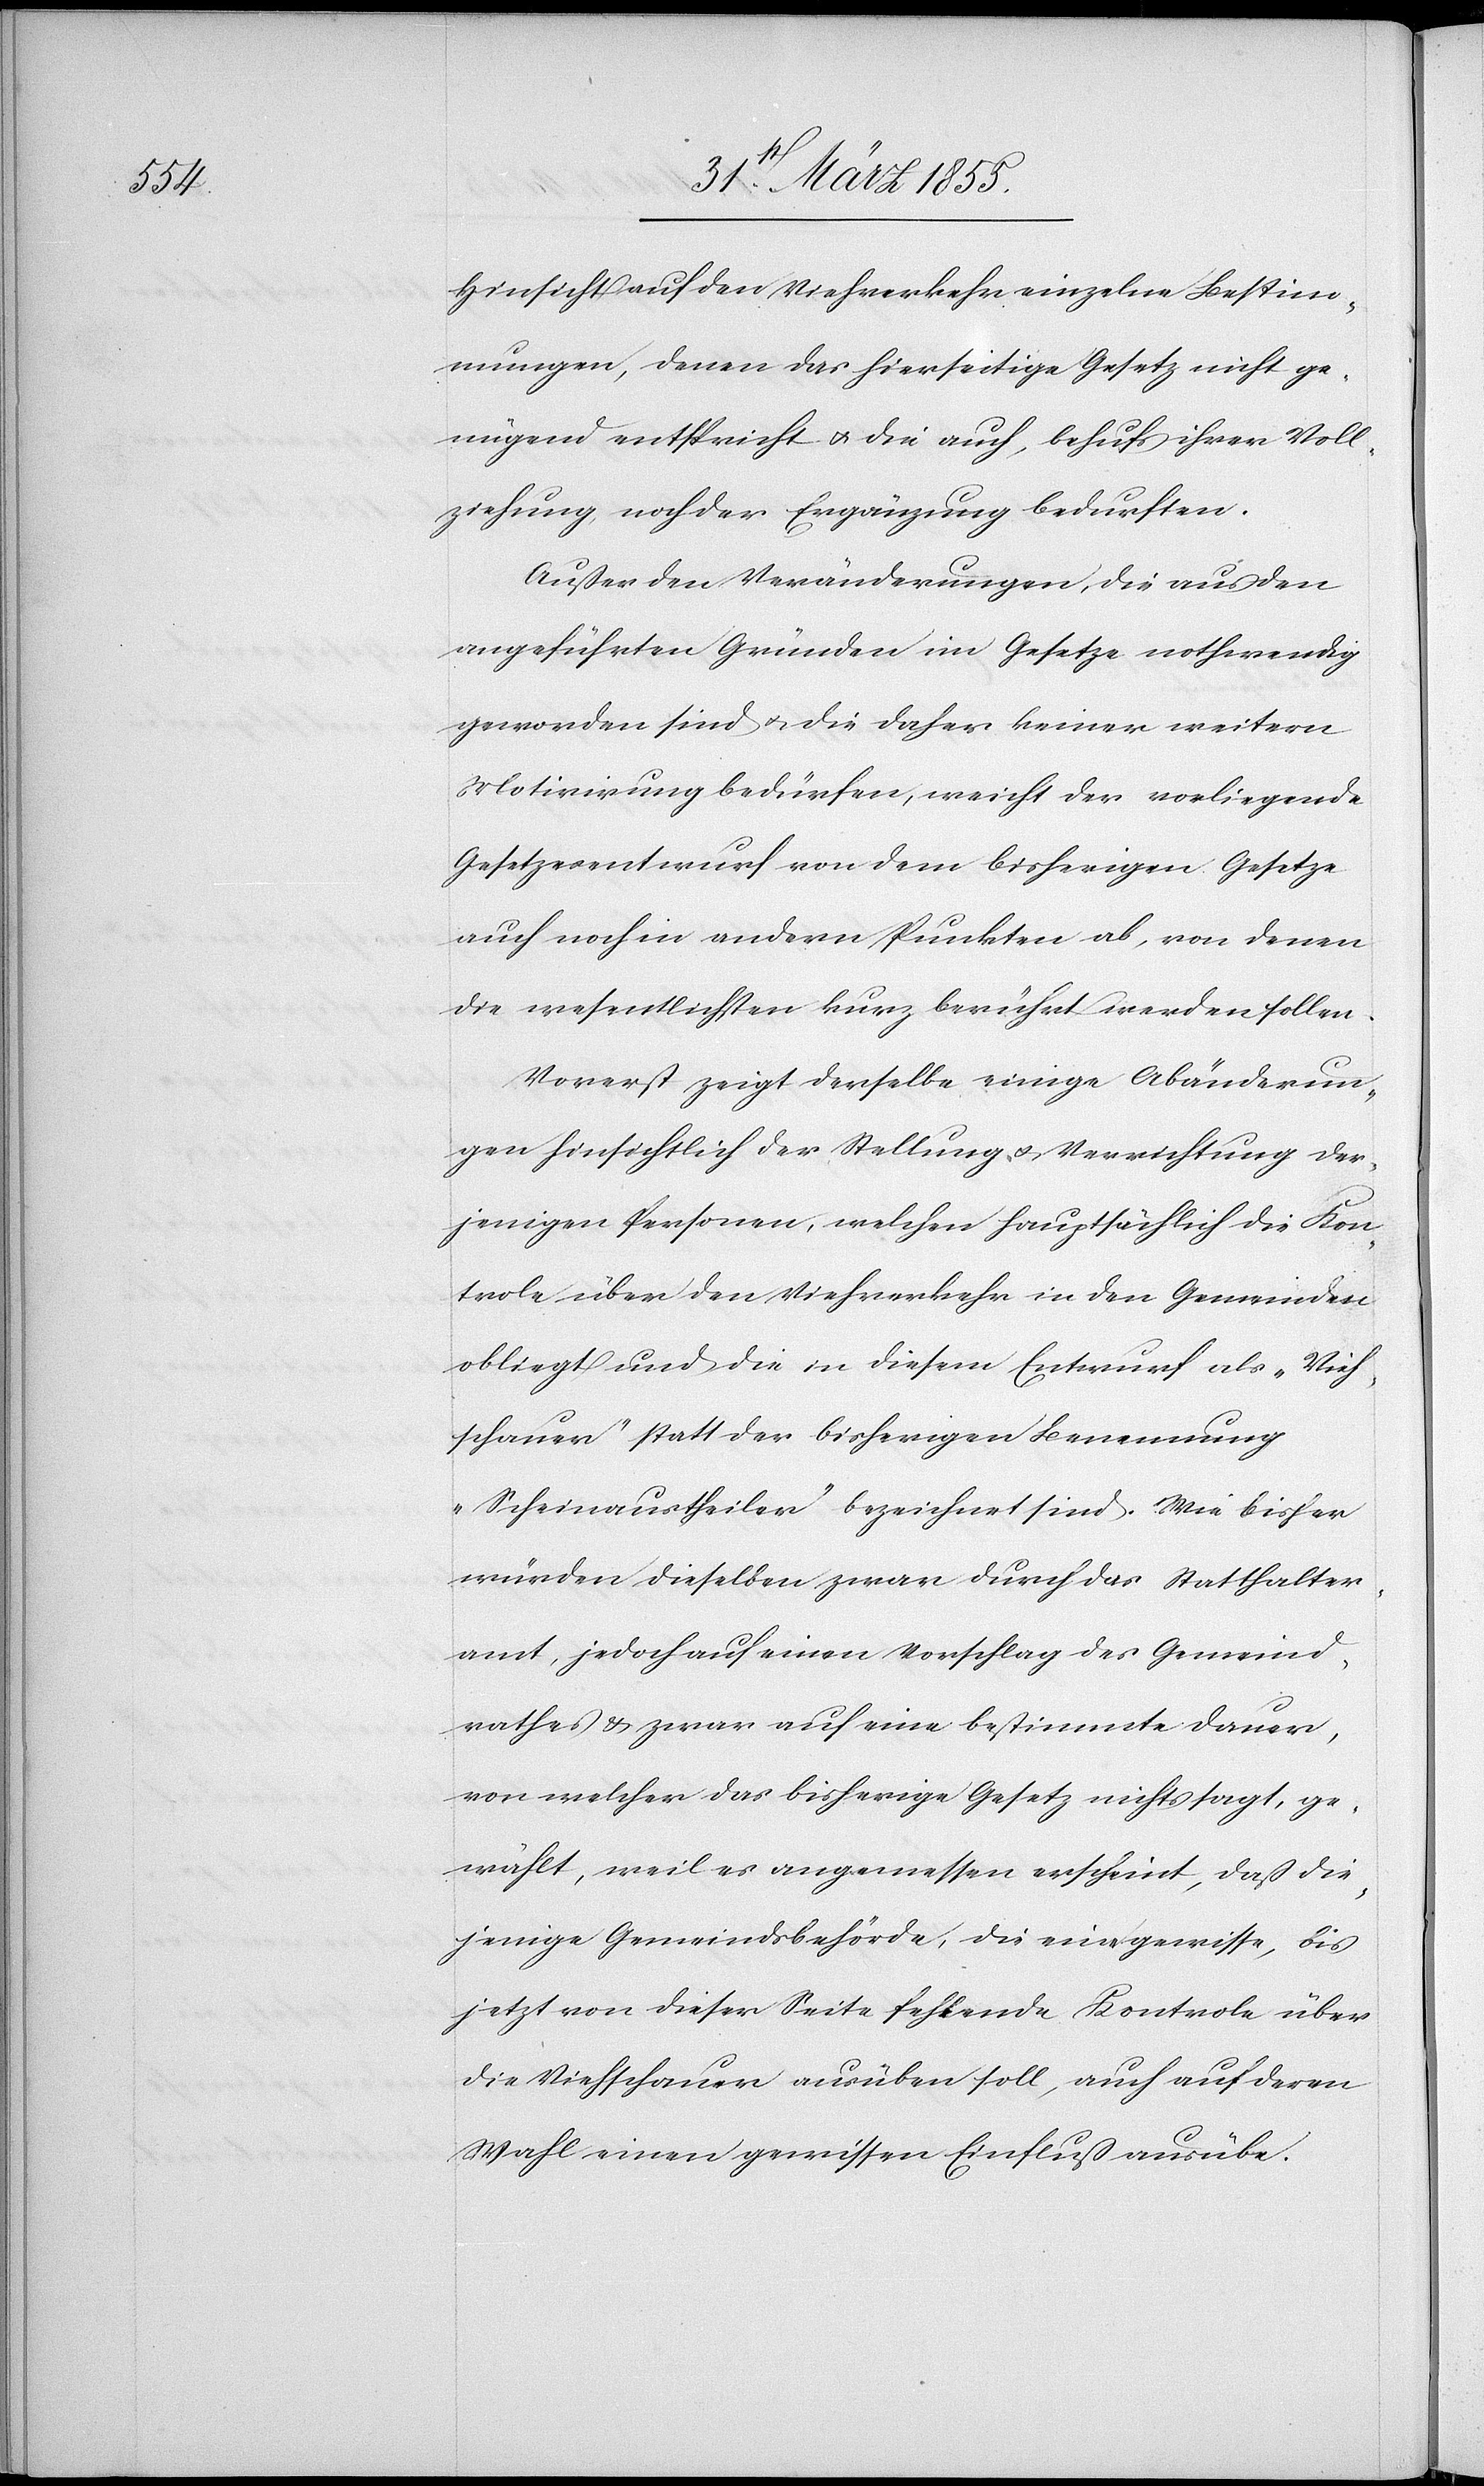
Hinsicht auf den Viehverkehr einzelne Bestim¬
mungen, denen das hierseitige Gesetz nicht ge¬
nügend entspricht & die auch, behufs ihrer Voll¬
ziehung, noch der Ergänzung bedurften.
Außer den Veränderungen, die aus den
angeführten Gründen im Gesetze nothwendig
geworden sind & die daher keiner weitern
Motivirung bedürfen, weicht der vorliegende
Gesetzesentwurf von dem bisherigen Gesetze
auch noch in andern Punkten ab, von denen
die wesentlichsten kurz berührt werden sollen.
Vorerst zeigt derselbe einige Abänderun¬
gen hinsichtlich der Stellung & Verrichtung der¬
jenigen Personen, welchen hauptsächlich die Kon¬
trole über den Viehverkehr in den Gemeinden
obliegt und die in diesem Entwurf als „Vieh¬
schauer“ statt der bisherigen Benennung
„Scheinaustheiler“ bezeichnet sind. Wie bisher
würden dieselben zwar durch das Statthalter¬
amt, jedoch auf einen Vorschlag des Gemeind¬
rathes & zwar auf eine bestimmte Dauer,
von welcher das bisherige Gesetz nichts sagt, ge¬
wählt, weil es angemessen erscheint, daß die¬
jenige Gemeindsbehörde, die eine gewisse, bis
jetzt von dieser Seite fehlende Kontrole über
die Viehschauer ausüben soll, auch auf deren
Wahl einen gewissen Einfluß ausübe.